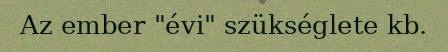
Az ember "évi" szükséglete kb.